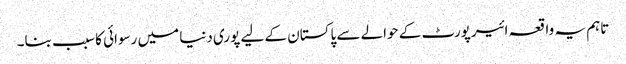
تاہم یہ واقعہ ائیرپورٹ کے حوالے سے پاکستان کے لیے پوری دنیا میں رسوائی کا سبب بنا۔